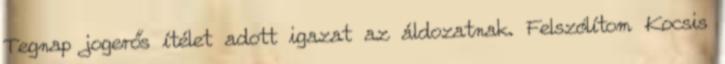
Tegnap jogerős ítélet adott igazat az áldozatnak. Felszólítom Kocsis